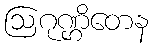
ဩဂုဏ္ဌိတေန